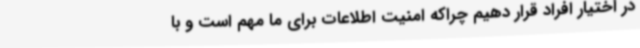
در اختیار افراد قرار دهیم چراکه امنیت اطلاعات برای ما مهم است و با